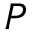
P